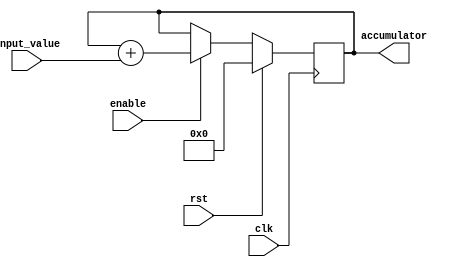
module FixedPointAccumulator(
    input wire clk,
    input wire rst,
    input wire enable,
    input wire [31:0] input_value,
    output reg [31:0] accumulator
);

always @(posedge clk) begin
    if (rst) begin
        accumulator <= 32'b0; // Reset accumulator
    end else begin
        if (enable) begin
            accumulator <= accumulator + input_value; // Perform addition
        end
    end
end

endmodule